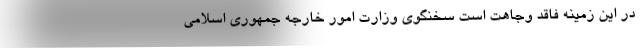
در این زمینه فاقد وجاهت است سخنگوی وزارت امور خارجه جمهوری اسلامی